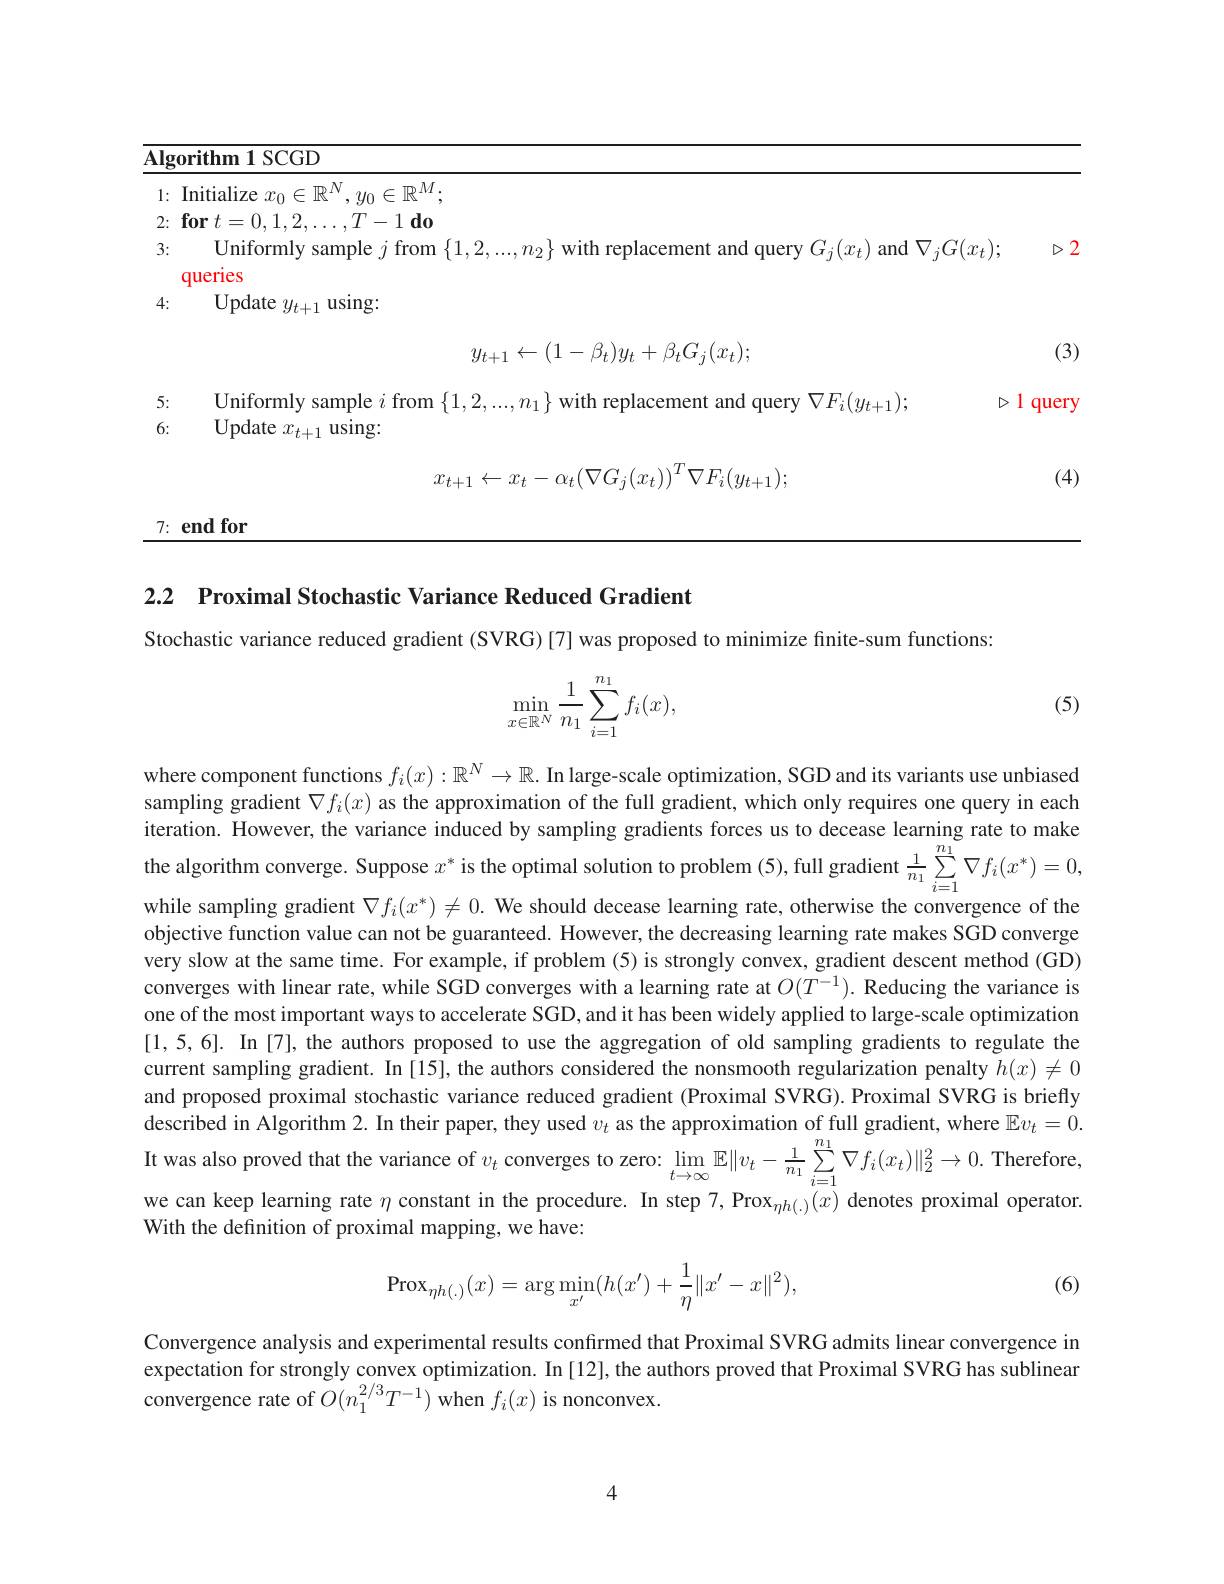
<table>
	<tbody>
		<tr>
			<td>$\underline{\lg01}$</td>
			<td> </td>
		</tr>
		<tr>
			<td> </td>
			<td> </td>
		</tr>
		<tr>
			<td>5:</td>
			<td>que $D$ 1</td>
		</tr>
		<tr>
			<td>6:</td>
			<td> </td>
		</tr>
		<tr>
			<td> </td>
			<td> </td>
		</tr>
	</tbody>
</table>

7: end for

2.2 $\textbf{Proximal Stochastic Variance Reduced Gradient}$

Stochastic variance reduced gradient (SVRG) [7] was proposed to minimize finite-sum functions:

(5)
$$\begin{aligned}\min_{x\in\mathbb{R}^N}\frac{1}{n_1}\sum_{i=1}^{n_1}f_i(x),\end{aligned}$$
where component functions $f_i(x):\mathbb{R}^N\to\mathbb{R}.$ In large-scale optimization, SGD and its variants use unbiased sampling gradient $\nabla f_i(x)$ as the approximation of the full gradient, which only requires one query in each iteration. However, the variance induced by sampling gradients forces us to decease learning rate to make the algorithm converge. Suppose $x^*$ is the optimal solution to problem (5), full gradient $\frac1{n_1}\sum_{i=1}^{n_1}\nabla f_i(x^*)=0$

while sampling gradient $\nabla f_i(x^*)\neq0.$ We should decease learning rate, otherwise the convergence of the objective function value can not be guaranteed. However, the decreasing learning rate makes SGD converge very slow at the same time. For example, if problem (5) is strongly convex, gradient descent method (GD) converges with linear rate, while SGD converges with a learning rate at $O(T^{-1}).$ Reducing the variance is one of the most important ways to accelerate SGD, and it has been widely applied to large-scale optimization [1,5,6]. In [7],the authors proposed to use the aggregation of old sampling gradients to regulate the current sampling gradient. In [15], the authors considered the nonsmooth regularization penalty $h(x)\neq0$ and proposed proximal stochastic variance reduced gradient (Proximal SVRG).Proximal SVRG is briefly described in Algorithm 2. In their paper, they used $v_t$ as the approximation of full gradient, where $\mathbb{E}v_t=0.$ It was also proved that the variance of $v_t$ converges to zero: $\lim_t\to\infty\mathbb{E}\|v_t-\frac1{n_1}\sum_{i=1}^{n_1}\nabla f_i(x_t)\|_2^2\to0.$ Therefore, we can keep learning rate $\eta$ constant in the procedure. In step 7,Prox$_{\eta h(.)}(x)$ denotes proximal operator. With the definition of proximal mapping, we have:

(6)
$$\mathrm{Prox}_{\eta h(.)}(x)=\arg\min_{x'}(h(x')+\frac{1}{\eta}\|x'-x\|^2),$$
Convergence analysis and experimental results confirmed that Proximal SVRG admits linear convergence in expectation for strongly convex optimization. In [12], the authors proved that Proximal SVRG has sublinear convergence rate of $O(n_1^{2/3}T^{-1})$ when $f_i(x)$ is nonconvex.

4